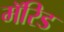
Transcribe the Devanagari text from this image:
मॅरिड